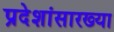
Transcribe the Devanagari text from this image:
प्रदेशांसारख्या